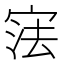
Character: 𭓼